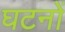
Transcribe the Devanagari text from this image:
घटनों